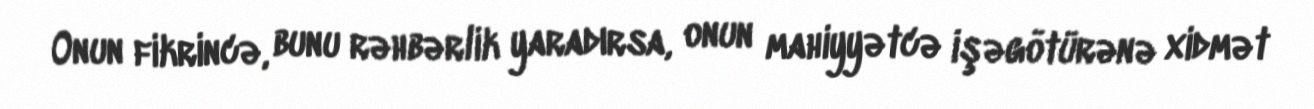
Onun fikrincə, bunu rəhbərlik yaradırsa, onun mahiyyətcə işəgötürənə xidmət